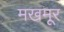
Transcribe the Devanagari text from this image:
मखमूर